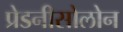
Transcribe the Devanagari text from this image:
प्रेडनीसोलोन